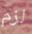
لزم